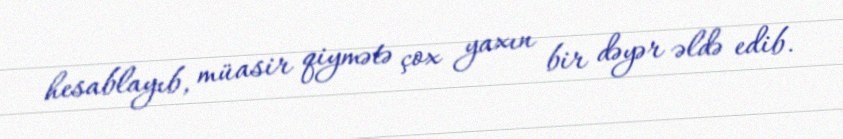
hesablayıb, müasir qiymətə çox yaxın bir dəyər əldə edib.